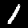
Digit: 1